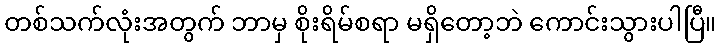
တစ်သက်လုံးအတွက် ဘာမှ စိုးရိမ်စရာ မရှိတော့ဘဲ ကောင်းသွားပါပြီ။